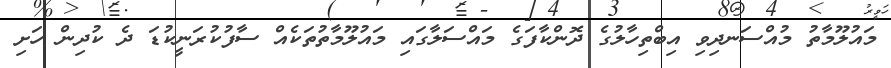
މައުލޫމާތު މުއްސަނދިވި އިބްތިހާލުގެ ދޮންކާފަގެ މައްސަލާގައި މައުލޫމާތުތަކެއް ސާފުކުރަނީކުޑަ ދެ ކުދިން ހަށި